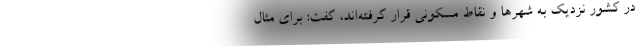
در کشور نزدیک به شهرها و نقاط مسکونی قرار گرفته‌اند، گفت: برای مثال